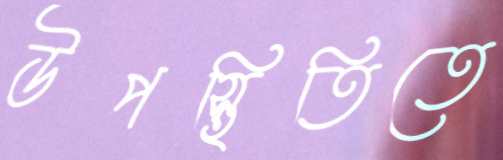
উপস্থিতিতে